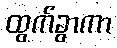
ထွက်ခွာကာ